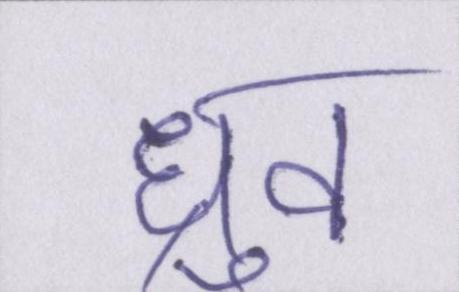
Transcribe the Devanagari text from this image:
ध्रुव